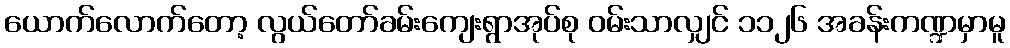
ယောက်လောက်တော့ လွယ်တော်ခမ်းကျေးရွာအုပ်စု ဝမ်းသာလျှင် ၁၁၂၆ အခန်းကဏ္ဍမှာမူ